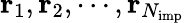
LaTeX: \mathbf r_{1},\mathbf r_{2},\cdots,\mathbf r_{N_{\mathrm{imp}}}